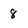
Character: 8